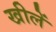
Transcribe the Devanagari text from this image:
खीलें